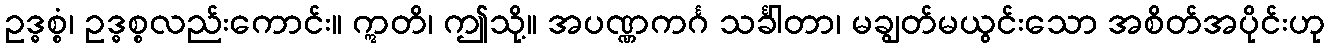
ဥဒ္ဓစ္စံ၊ ဥဒ္ဓစ္စလည်းကောင်း။ ဣတိ၊ ဤသို့။ အပဏ္ဏကင်္ဂ သင်္ခါတာ၊ မချွတ်မယွင်းသော အစိတ်အပိုင်းဟု